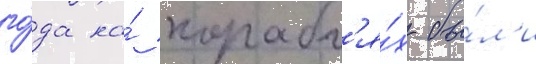
го́да на́ корабл'я́х бы́л'и